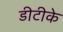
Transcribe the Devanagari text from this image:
डीटीके